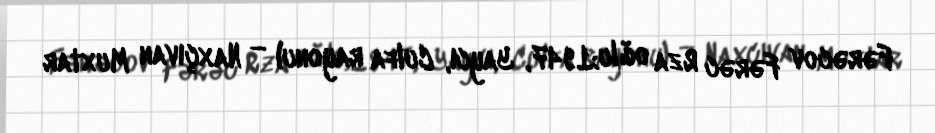
Fərəcov Fərəc Rza oğlu;1947, Yaycı, Culfa rayonu) — Naxçıvan Muxtar